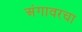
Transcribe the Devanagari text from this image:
अंगावरचा